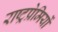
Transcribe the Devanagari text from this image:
राष्ट्रप्रेमियों